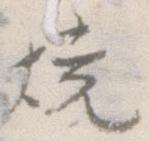
焼